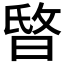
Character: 𣇻